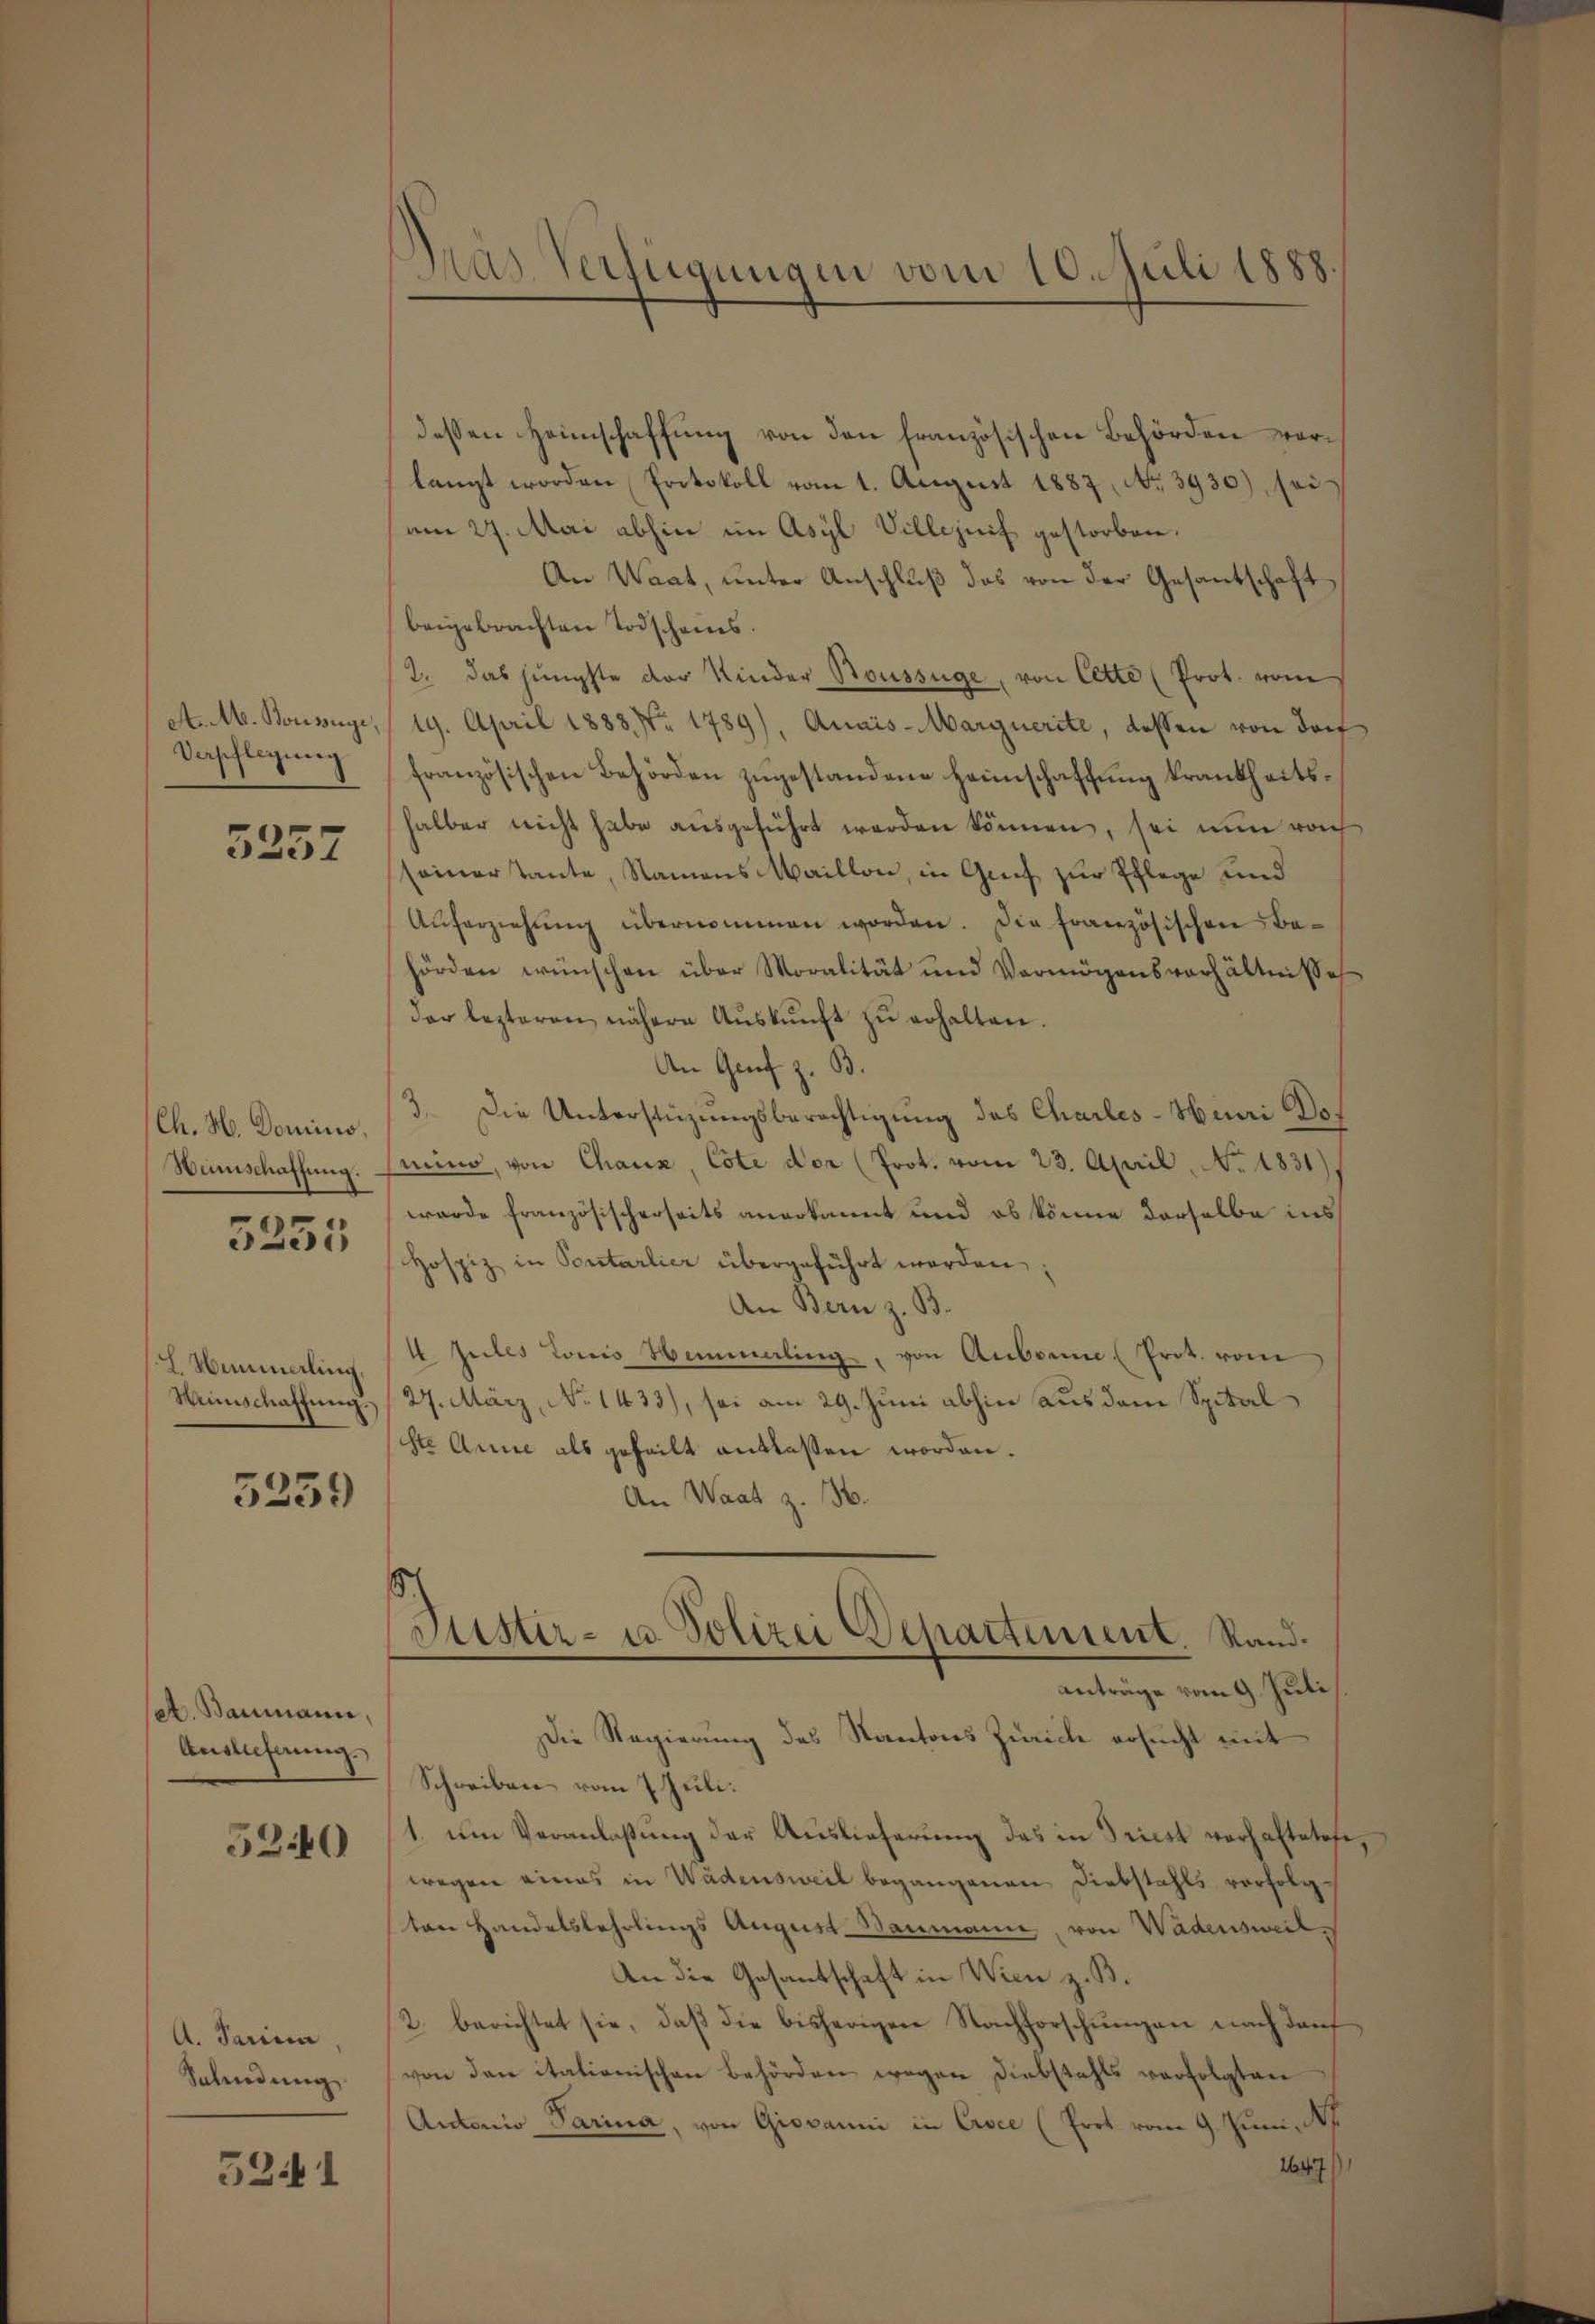
Das Verfügungen vom 10. Juli 1888.

dessen Heimschaffung von den französischen Behörden vorlangt worden Protokoll vom 1. August 1887, No. 3930), sei
am 27. Mai abhin im Asyl Villezeif gestorben.
An Waat, unter Anschluß das von der Gesantschaft
beigebrachten Todscheins.
2. das jüngste der Kinder Boussüge, von Cette (Prot. vom
A. M. Bonsige, 19. April 1883 Nr. 1789), Quais-Marguerite, dessen von dorf
französischen Behörden zŭgestandene Heimschaffŭng krankheitshalber nicht habe ausgeführt werden können, sei nun nach
seiner Tante, Namens Maillon, in Grif zur Pflege und
Aŭferziehŭng übernommen worden. Die französischen Be-
hörden wünschen über Moralität und Vermögensverhältnißes
der lezteren nähere Aŭskŭnft zŭ erhalten.
An Graf z. B.
3. Die Unterstüzungsberechtigung des Charles-Nuari Gemino, von Chaux, Cote der (Prot. vom 23. April, No. 1831).
wurde französischerseits angekannt und ob könne derselbe ins
Hospiz in Portarlier übergeführt werden:
An Bern z. B.
4 Jules Lois Hemmaling, von Anbornes Prot. vom
27. März, No 1433), sei am 29. Juni abhin aus dem Spital
ste Anne als geheilt entlassen worden.
An Waat z. 136.
Sistir- u Polizei Departement. Standanträge vom 9. Juli
Die Regierung des Kantons Zürich ersucht mit
Schreiben vom 7 Juli.
1. um Veranlaßung der Auslieferung das in Triest vorhaltetese,
wegen eines in Wädensweil begangenen Diebstahls verfolg-
ten Handelslehrlings August. Baumann, von Wadensweil
An die Gesantschaft in Wien z. B.
2. berichtet sie, daβ die bisherigen Nachforschŭngen nach darf
von den italienischen Behörden wegen Diebstahls verfolgten
Antonio Parina, von Giovanni in Civce (Erot vom 9. Juni, p
1647

Verpflegung

5257

Ch. N. Domino.
Wamschaffung.

3251

L. Nemmaling,
Weinschaffŭng.

5259

et. Baumann,
Auslieferung.

5240

A. Parina,
Selindung

5241